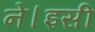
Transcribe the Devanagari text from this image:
ने।इसी